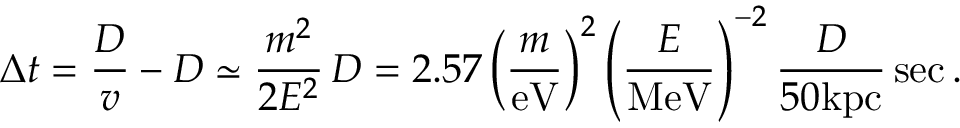
\Delta { t } = \frac { D } { v } - D \simeq \frac { m ^ { 2 } } { 2 E ^ { 2 } } \, D = 2 . 5 7 \left( \frac { m } { \mathrm { e V } } \right) ^ { 2 } \left( \frac { E } { \mathrm { M e V } } \right) ^ { - 2 } \frac { D } { 5 0 \mathrm { k p c } } \, \mathrm { s e c } \, .